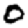
Digit: 0